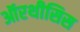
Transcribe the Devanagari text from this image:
ऑरथीसिस